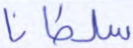
سلطانا